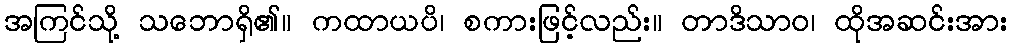
အကြင်သို့ သဘောရှိ၏။ ကထာယပိ၊ စကားဖြင့်လည်း။ တာဒိသာဝ၊ ထိုအဆင်းအား